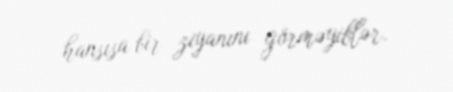
hansısa bir ziyanını görməyiblər.